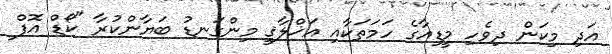
އަދި މިކަން ދިވެހި މީޑިއާގެ ހަމަތަކާއި އަޚްލާޤީ މިންގަނޑު ބަޔާންކުރާ "ކޯޑް އޮފް